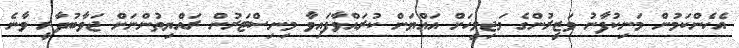
އެހެންކަމުން މަނިކުފާނު ވަޒީރުންގެ މަޖިލީހަށް އައްޔަން ކުރައްވާފައިވާ މިނިސްޓަރުން ރައްޔިތުންނަށް ޖަވާބުދާރީ ވާނެ